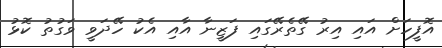
އޮފީހަށް އައި އިރު ގޭތެރޭގައި ފަޒީނާ އާއި އެކު ހޭދަވީ ވަގުތު ކޮޅު